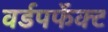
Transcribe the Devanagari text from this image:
वर्डपर्फेक्ट